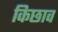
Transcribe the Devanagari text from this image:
किछाव